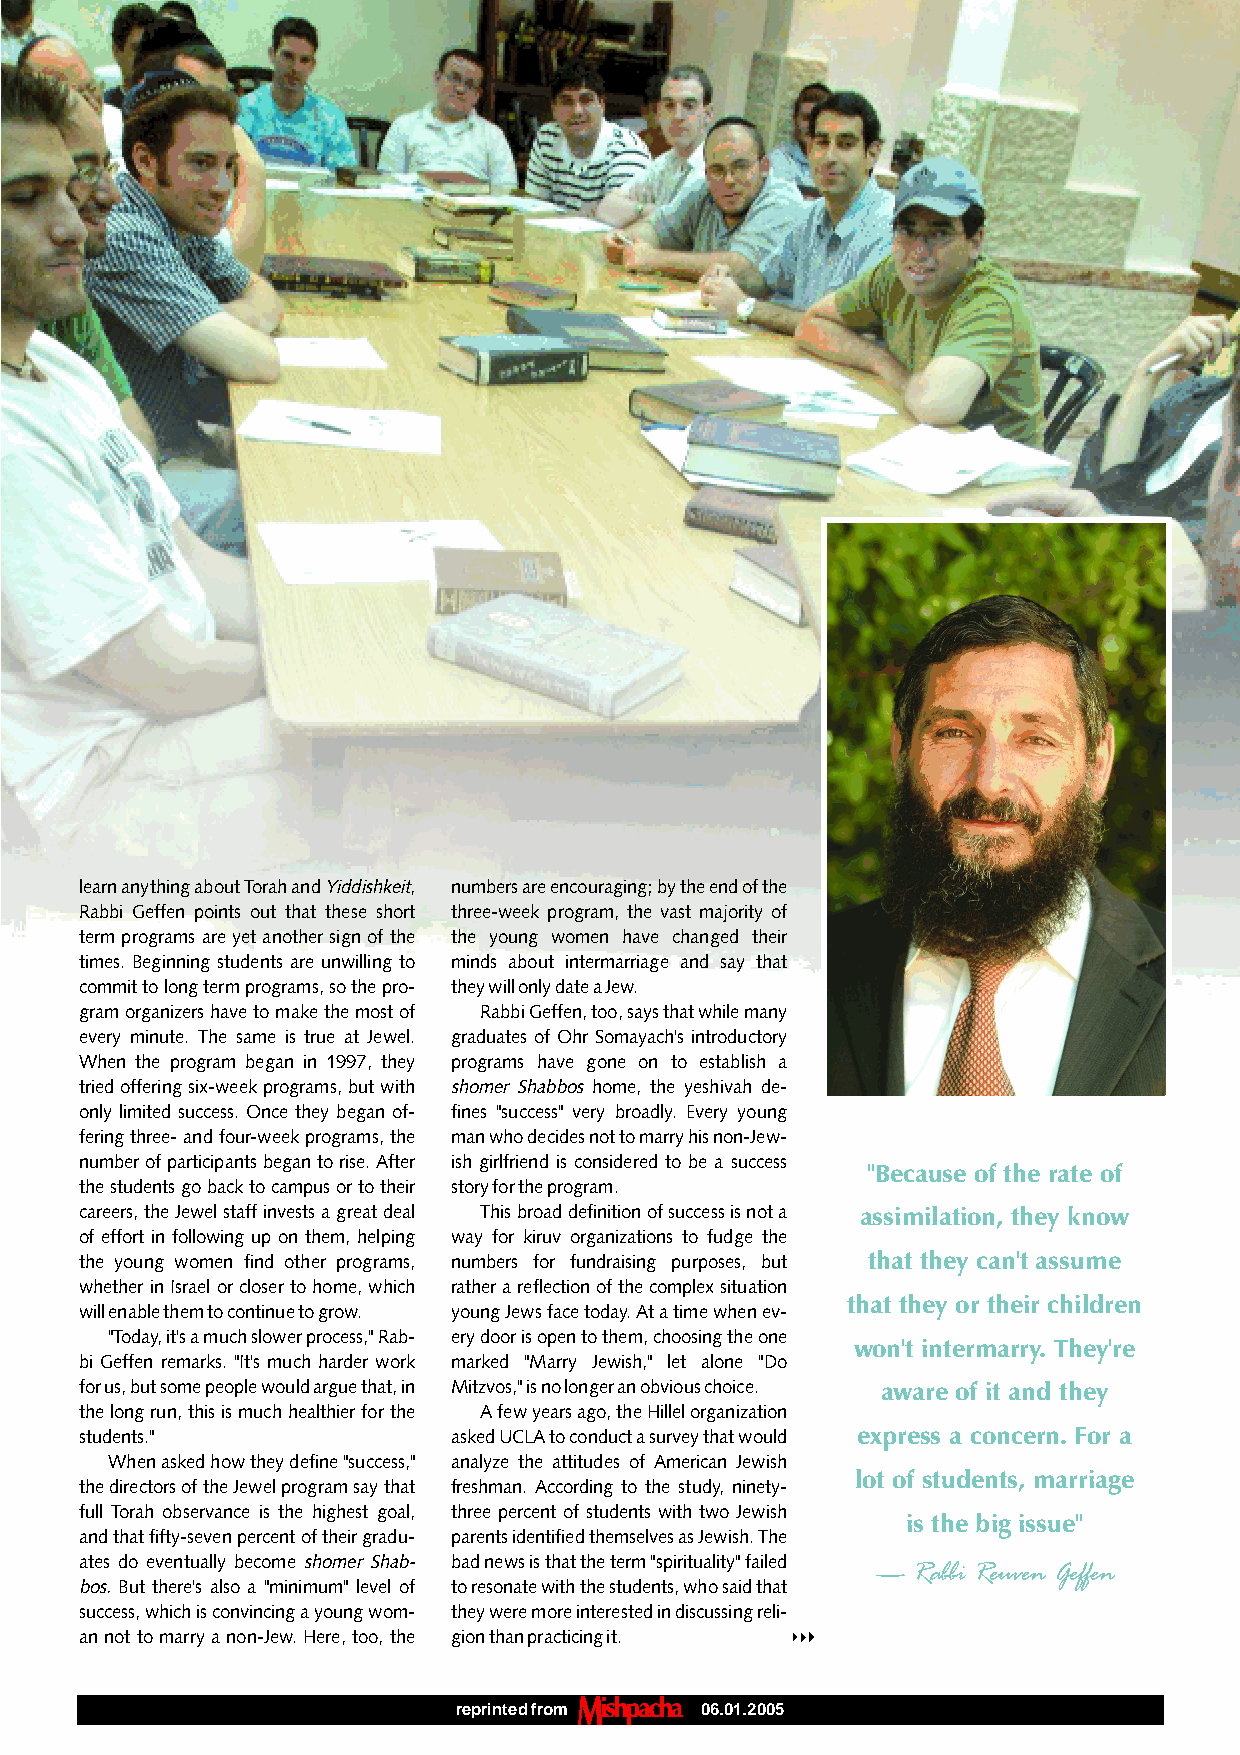
learn anything about Torah and Yiddishkeit, numbers are encouraging; by the end of the
 Rabbi Geffen points out that these short three-week program, the vast majority of
 term programs are yet another sign of the the young women have changed their
 times. Beginning students are unwilling to minds about intermarriage and say that
 commit to long term programs, so the pro- they will only date a Jew.
 gram organizers have to make the most of Rabbi Geffen, too, says that while many
 every minute. The same is true at Jewel. graduates of Ohr Somayach's introductory
 When the program began in 1997, they programs have gone on to establish a
 tried offering six-week programs, but with shomer Shabboshome, the yeshivah de-
 only limited success. Once they began of- fines "success" very broadly. Every young
 fering three- and four-week programs, the man who decides not to marry his non-Jew-
 number of participants began to rise. After ish girlfriend is considered to be a success
 "Because of the rate of
 the students go back to campus or to their story for the program.
 careers, the Jewel staff invests a great deal This broad definition of success is not a assimilation, they know
 of effort in following up on them, helping way for kiruv organizations to fudge the
 the young women find other programs, numbers for fundraising purposes, but that they can't assume
 whether in Israel or closer to home, which rather a reflection of the complex situation
 that they or their children
 will enable them to continue to grow. young Jews face today. At a time when ev-
 "Today, it's a much slower process," Rab- ery door is open to them, choosing the one
 won't intermarry. They're
 bi Geffen remarks. "It's much harder work marked "Marry Jewish," let alone "Do
 for us, but some people would argue that, in Mitzvos," is no longer an obvious choice. aware of it and they
 the long run, this is much healthier for the A few years ago, the Hillel organization
 students."               asked UCLA to conduct a survey that would express a concern. For a
 When asked how they define "success," analyze the attitudes of American Jewish
 lot of students, marriage
 the directors of the Jewel program say that freshman. According to the study, ninety-
 full Torah observance is the highest goal, three percent of students with two Jewish
 is the big issue"
 and that fifty-seven percent of their gradu- parents identified themselves as Jewish. The
 ates do eventually become shomer Shab- bad news is that the term "spirituality" failed — Rabbi Reuven Geffen
 bos.But there's also a "minimum" level of to resonate with the students, who said that
 success, which is convincing a young wom- they were more interested in discussing reli-
 an not to marry a non-Jew. Here, too, the gion than practicing it.
 reprinted from  06.01.2005